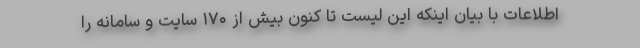
اطلاعات با بیان اینکه این لیست تا کنون بیش از ۱۷۰ سایت و سامانه را